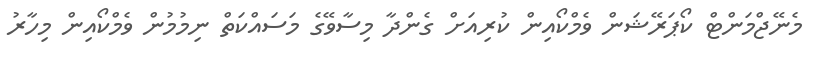
މެނޭޖްމަންޓް ކޯޕަރޭޝަން ވެމްކޯއިން ކުރިއަށް ގެންދާ މިސާވޭގެ މަސައްކަތް ނިމުމުން ވެމްކޯއިން މިހާރު